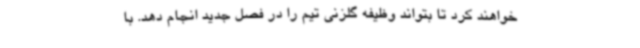
خواهند کرد تا بتواند وظیفه گلزنی تیم را در فصل جدید انجام دهد. با